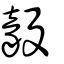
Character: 毅